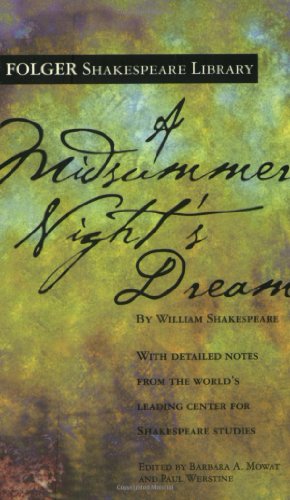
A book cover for A Midsummer Night's Dream (Folger Shakespeare Library); William Shakespeare; Literature & Fiction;